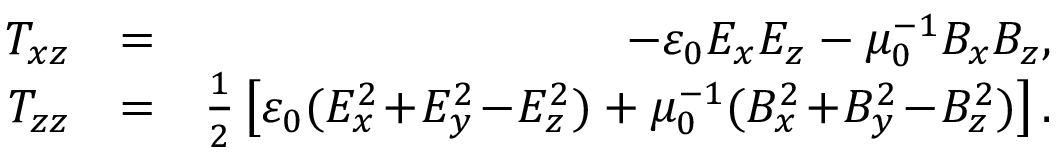
\begin{array} { r l r } { T _ { x z } } & { = } & { - \varepsilon _ { 0 } E _ { x } E _ { z } - \mu _ { 0 } ^ { - 1 } B _ { x } B _ { z } , } \\ { T _ { z z } } & { = } & { \frac { 1 } { 2 } \left[ \varepsilon _ { 0 } ( E _ { x } ^ { 2 } \! + \! E _ { y } ^ { 2 } \! - \! E _ { z } ^ { 2 } ) + \mu _ { 0 } ^ { - 1 } ( B _ { x } ^ { 2 } \! + \! B _ { y } ^ { 2 } \! - \! B _ { z } ^ { 2 } ) \right] . } \end{array}